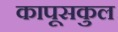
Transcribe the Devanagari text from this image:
कापूसकुल